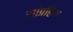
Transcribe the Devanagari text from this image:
सांग्रहिक